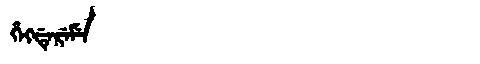
Manchu: ᡥᡝᡴᡩᡝᡵᡝᠮᡝ
Romanization: HEKDEREME